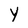
Character: Y